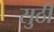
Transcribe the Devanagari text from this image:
सुठी